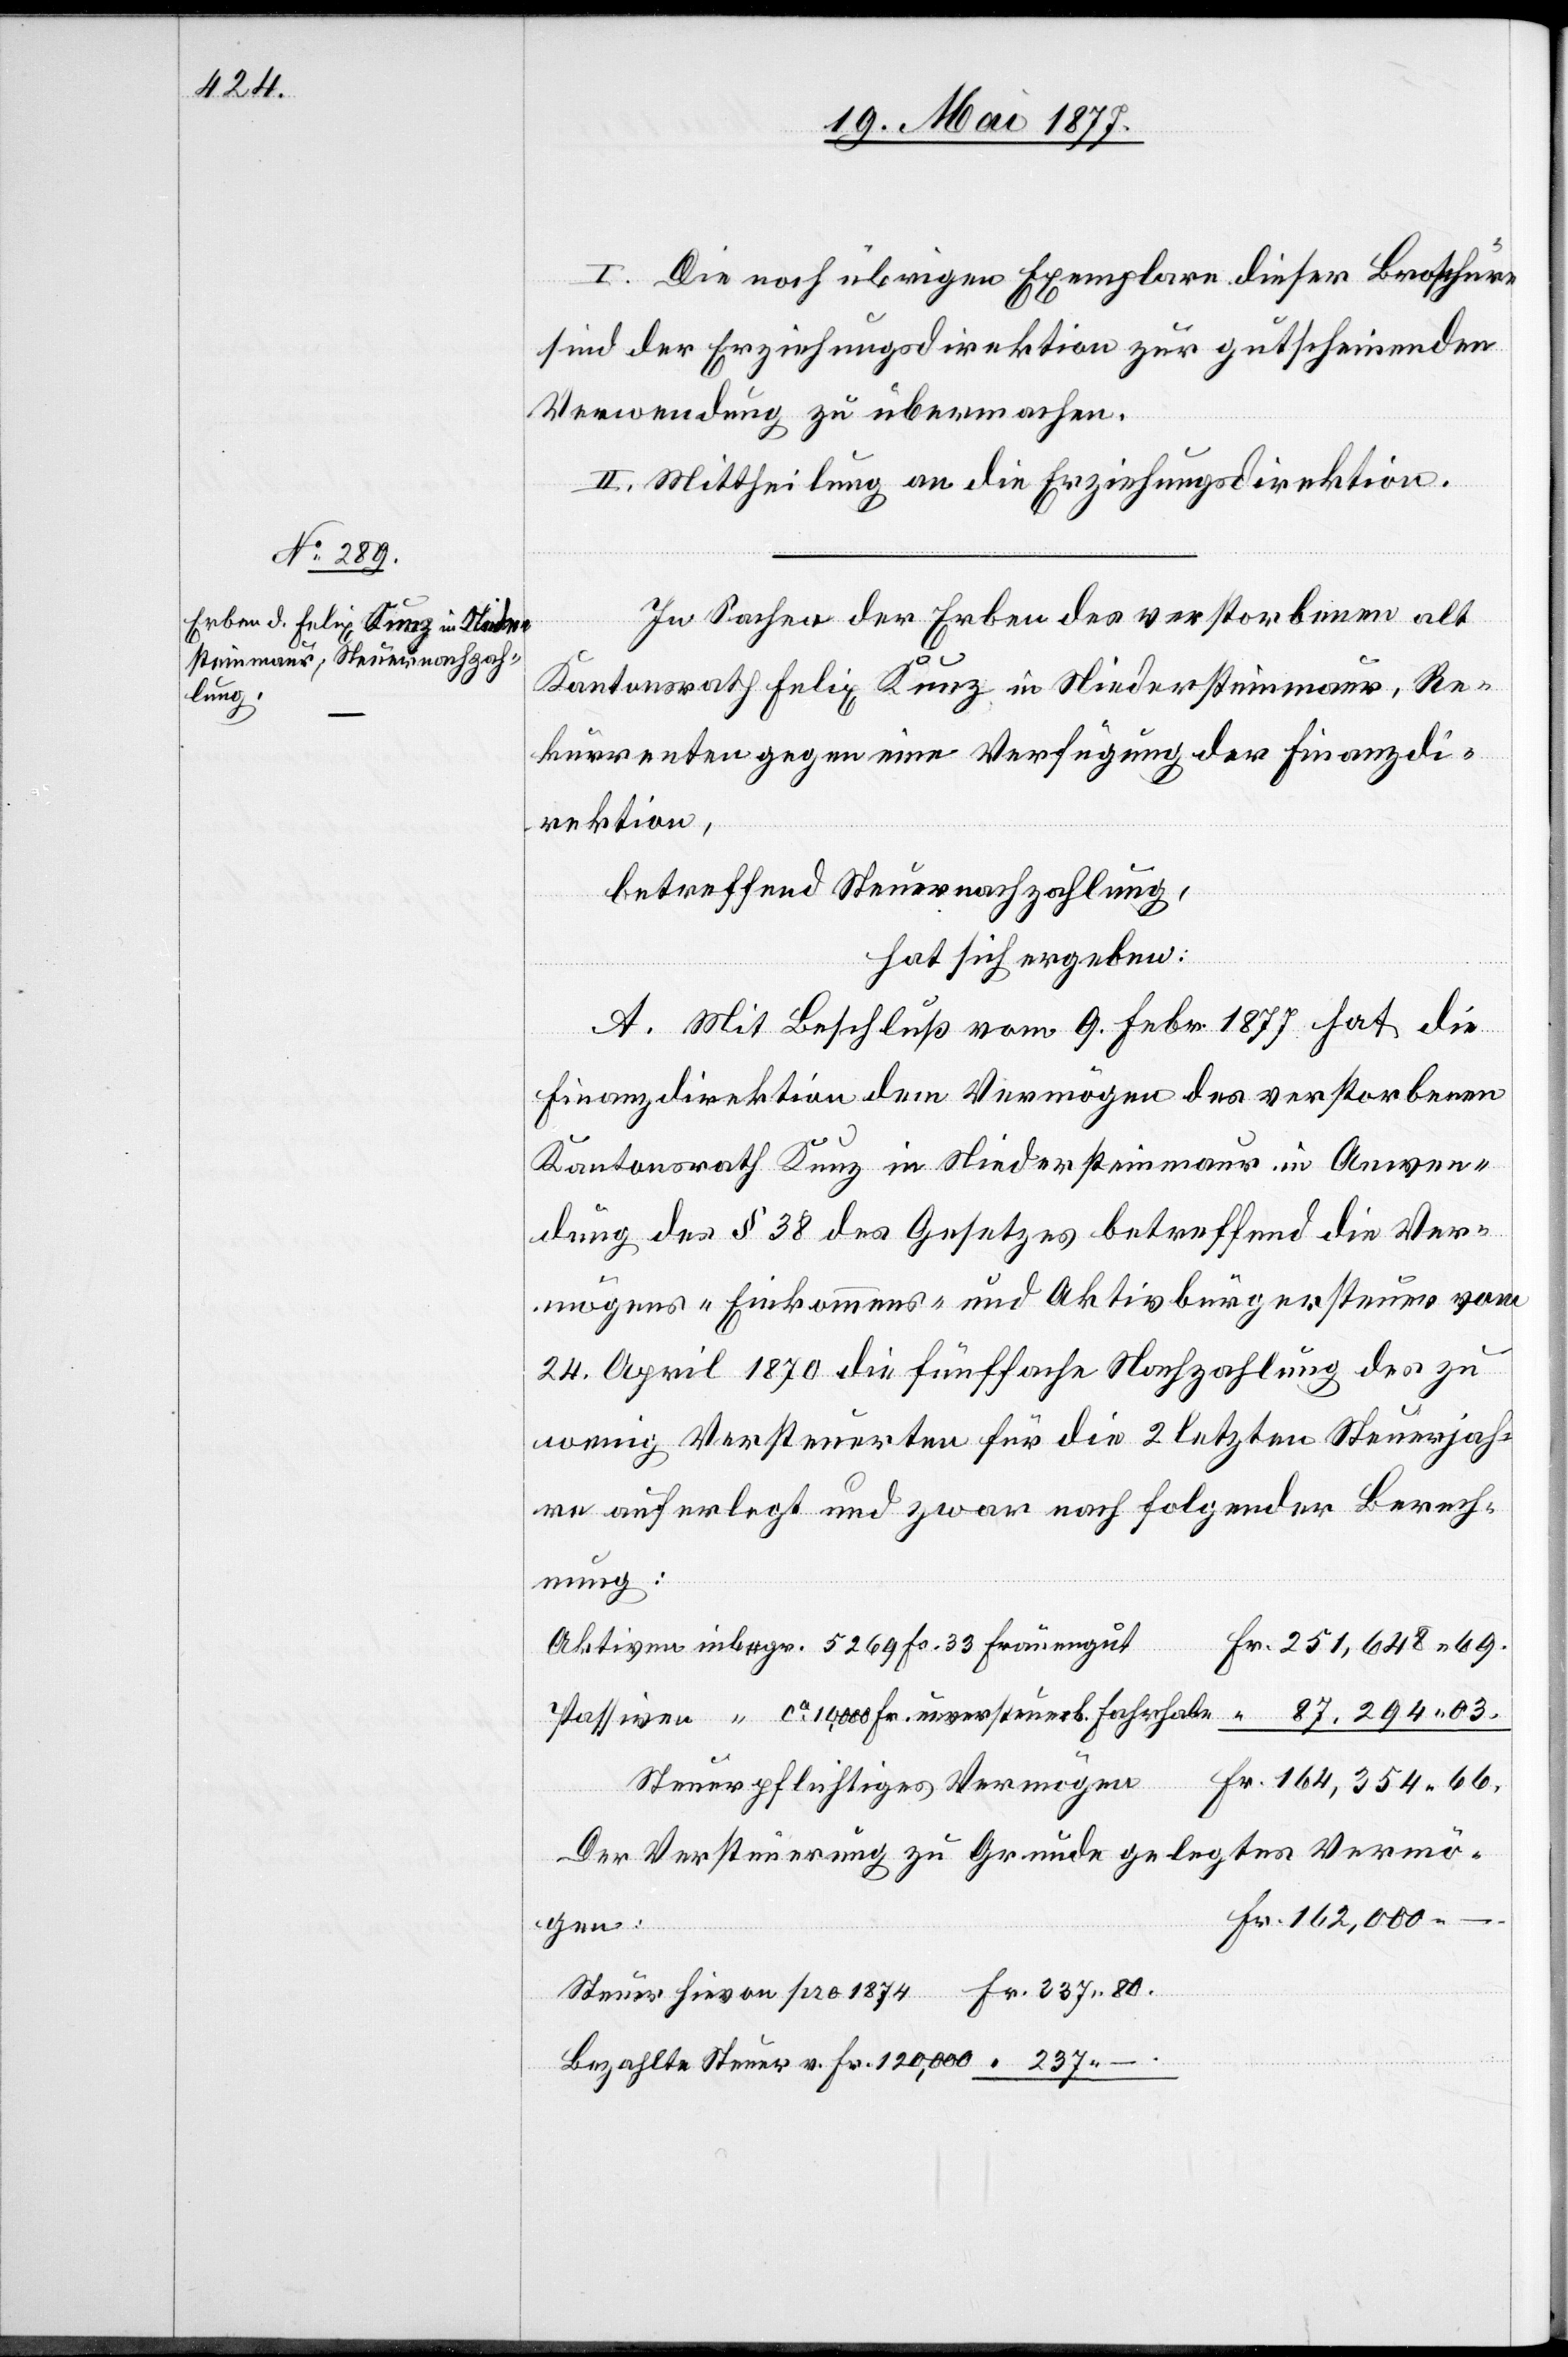
I. Die noch übrigen Exemplare dieser Broschüre
sind der Erziehungsdirektion zur gutscheinenden
Verwendung zu übermachen.
II. Mittheilung an die Erziehungsdirektion.
pro
In Sachen der Erben des verstorbenen alt
Fr.
Kantonsrath Felix Kunz in Niedersteinmaur, Re¬
kurrenten gegen eine Verfügung der Finanzdi¬
rektion,
betreffend Steuernachzahlung,
hat sich ergeben:
A. Mit Beschluß vom 9. Febr. 1877 hat die
Finanzdirektion dem Vermögen des verstorbenen
Kantonsrath Kunz in Niedersteinmaur in Anwen¬
dung des § 38 des Gesetzes betreffend die Ver¬
mögens- Einkommens- und Aktivbürgersteuer vom
24. April 1870 die fünffache Nachzahlung des zu
wenig Versteuerten für die 2 letzten Steuerjah¬
re auferlegt und zwar nach folgender Berech¬
nung:
Aktiven inbergr. 5269 Fr. 33 Frauengut
80
Passiven “ ca 10,000 Fr. unversteuerb. Fahrhabe
Steuerpflichtiges Vermögen
tes Vermö¬
Der Verseteuerung zu Grunde geleg¬
gen:
Bezahlte Steuer v. Fr. 120,000